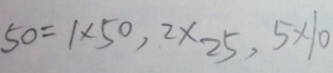
5 0 = 1 \times 5 0 , 2 \times 2 5 , 5 \times 1 0